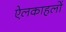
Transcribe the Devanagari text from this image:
ऐलकाहलों